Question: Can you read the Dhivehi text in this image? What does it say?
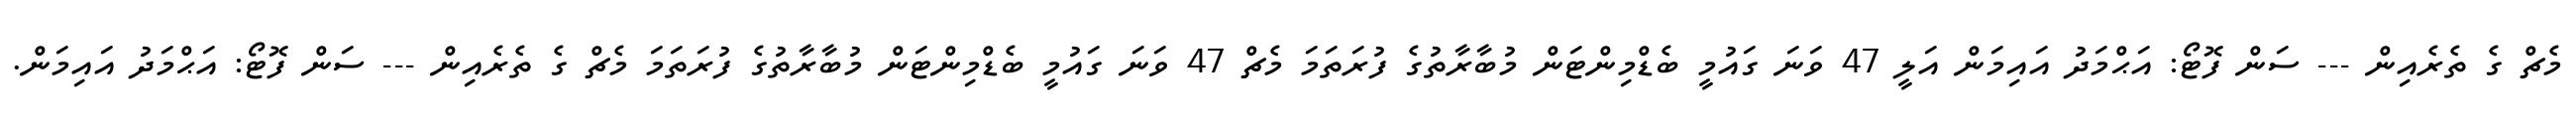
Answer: މެޗް ގެ ތެރެއިން --- ސަން ފޮޓޯ: އަޙްމަދު އައިމަން އަލީ 47 ވަނަ ގައުމީ ބެޑްމިންޓަން މުބާރާތުގެ ފުރަތަމަ މެޗް 47 ވަނަ ގައުމީ ބެޑްމިންޓަން މުބާރާތުގެ ފުރަތަމަ މެޗް ގެ ތެރެއިން --- ސަން ފޮޓޯ: އަޙްމަދު އައިމަން.